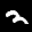
Label: 2